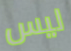
ليس